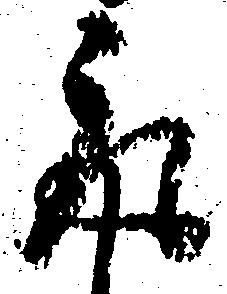
取